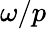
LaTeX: \omega/p